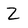
Character: Z